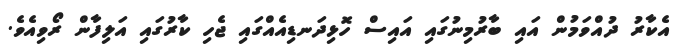
އެކާރު ދުއްވަމުން އައި ބާރުމިނުގައި އައިސް ހޮޅިދަނޑިއެއްގައި ޖެހި ކާރުގައި އަލިފާން ރޯވިއެވެ.